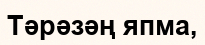
Тәрәзәң япма,